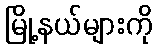
မြို့နယ်များကို